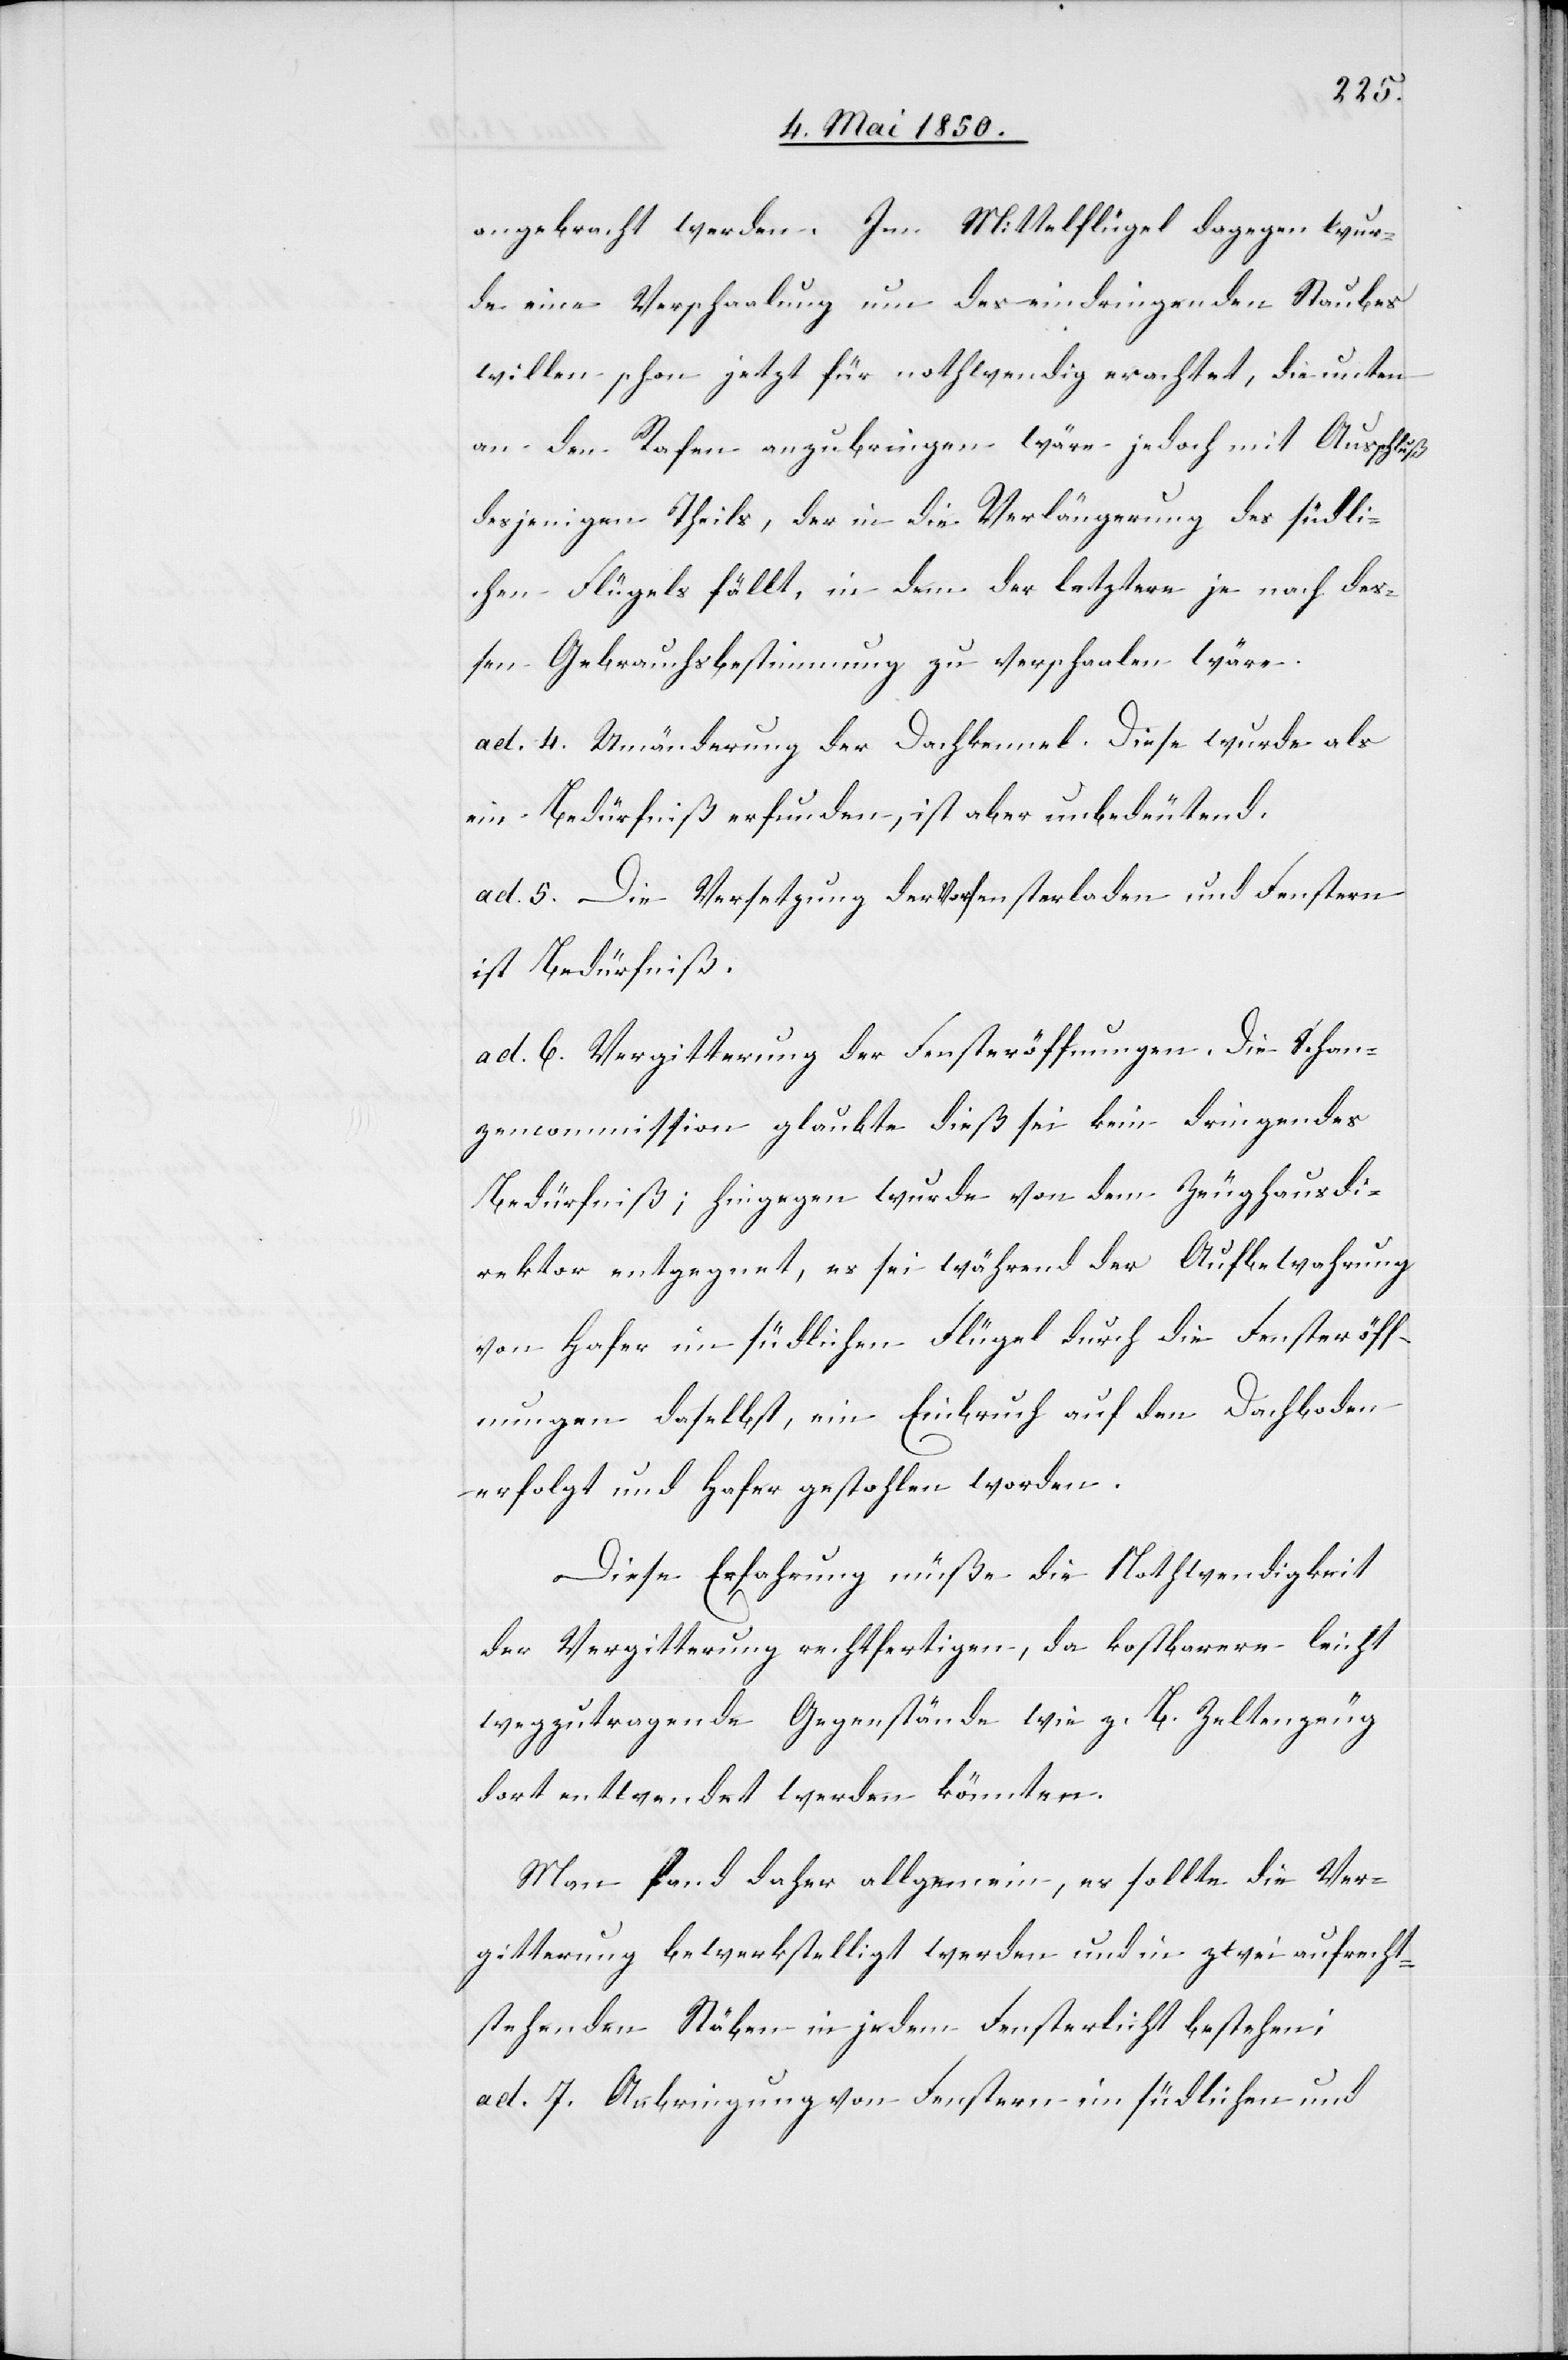
angebracht werden. Im Mittelflügel dagegen wur¬
de eine Verschaalung um des eindringenden Staubes
willen schon jetzt für nothwendig erachtet, die unten
an den Rafen anzubringen wäre jedoch mit Ausschluß
desjenigen Theils, der in die Verlängerung des südli¬
chen Flügels fällt, in dem der letztere je nach des¬
sen Gebrauchsbestimmung zu verschaalen wäre.
ad. 4. Umänderung der Dachkennel. Diese wurde als
ein Bedürfniß erfunden, ist aber unbedeutend.
ad. 5. Die Versetzung der Vorfensterladen und Fenstern
ist Bedürfniß.
ad. 6. Vergitterung der Fensteröffnungen. Die Schan¬
zencommission glaubte dieß sei kein dringendes
Bedürfniß; hingegen wurde von dem Zeughausdi¬
rektor entgegnet, es sei während der Aufbewahrung
von Hafer im südlichen Flügel durch die Fensteröff¬
nungen daselbst, ein Einbruch auf den Dachboden
erfolgt und Hafer gestohlen worden.
Diese Erfahrung müße die Nothwendigkeit
der Vergitterung rechtfertigen, da kostbarere leicht
wegzutragende Gegenstände wie z. B. Zeltenzeug
dort entwendet werden könnten.
Man fand daher allgemein, es sollte die Ver¬
gitterung bewerkstelligt werden und in zwei aufrecht¬
stehenden Stäben in jedem Fensterlicht bestehen;
ad. 7. Anbringung von Fenstern im südlichen und